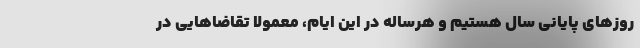
روزهای پایانی سال هستیم و هرساله در این ایام، معمولا تقاضاهایی در